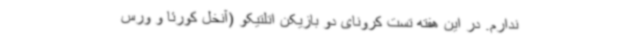
ندارم. در این هفته تست کرونای دو بازیکن اتلتیکو (آنخل کورئا و ورس